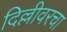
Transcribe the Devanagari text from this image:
दिल्लीवरचा